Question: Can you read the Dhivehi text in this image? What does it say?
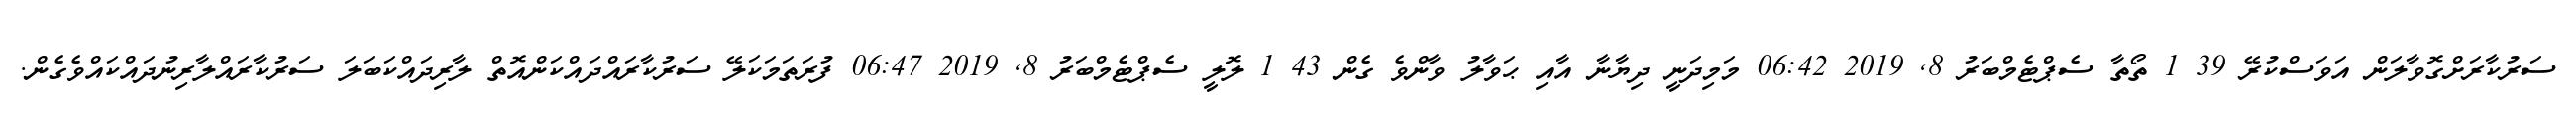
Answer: ސަރުކާރަށްގޮވާލަން އަވަސްކުރޭ 39 1 ތޯތާ ސެޕްޓެމްބަރު 8, 2019 06:42 މަމިދަނީ ދިޔާނާ އާއި ޙަވާލު ވާންވެ ގެން 43 1 ލޮލީ ސެޕްޓެމްބަރު 8, 2019 06:47 ފުރަތަމަކަލޭ ސަރުކާރައްދައްކަންއޮތް ލާރިދައްކަބަލަ ސަރުކާރައްލާރިނުދައްކައްވެގެން.